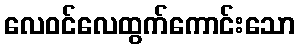
လေဝင်လေထွက်ကောင်းသော